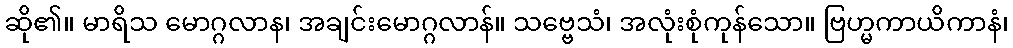
ဆို၏။ မာရိသ မောဂ္ဂလာန၊ အချင်းမောဂ္ဂလာန်။ သဗ္ဗေသံ၊ အလုံးစုံကုန်သော။ ဗြဟ္မကာယိကာနံ၊